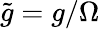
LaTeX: \tilde{g}=g/\Omega